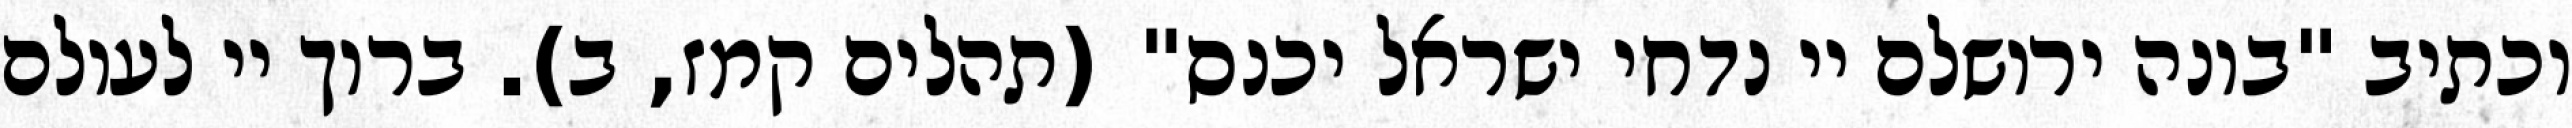
וכתיב "בונה ירושלם יי נדחי ישראל יכנס" (תהלים קמז, ב). ברוך יי לעולם